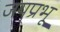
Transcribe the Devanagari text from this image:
जयप्रभू